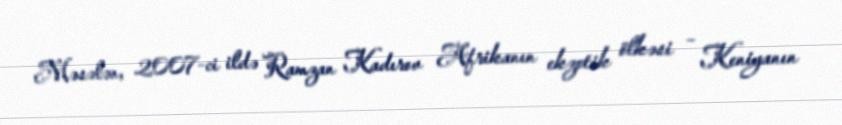
Məsələn, 2007-ci ildə Ramzan Kadırov Afrikanın ekzotik ölkəsi – Keniyanın